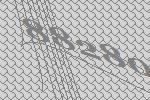
88280